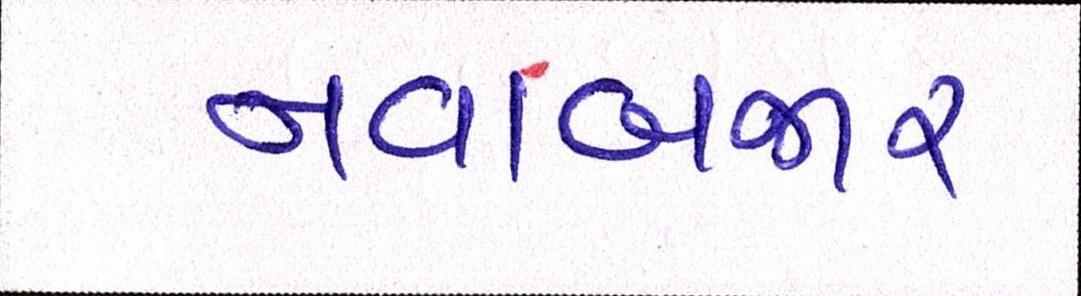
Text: નવાબજાર